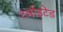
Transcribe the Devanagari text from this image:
टर्माइटेड